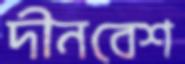
দীনবেশ